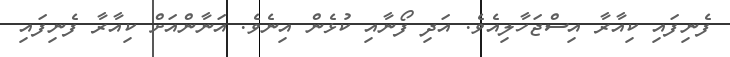
ފެނިފައި ކިއާރާ އިސްޖަހާލިއެވެ. އަދި ފޯނާއި ކުޅެން އިނެވެ. އަނާންއަށް ކިއާރާ ފެނިފައި